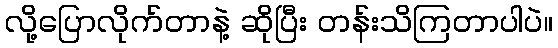
လို့ပြောလိုက်တာနဲ့ ဆိုပြီး တန်းသိကြတာပါပဲ။